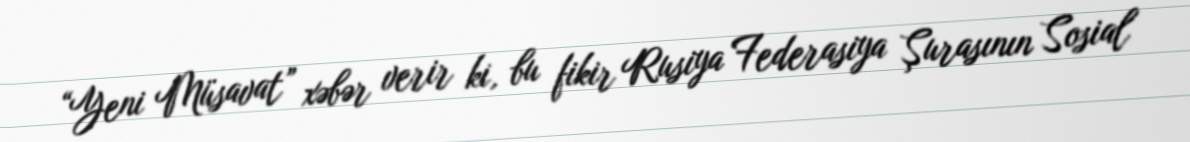
“Yeni Müsavat” xəbər verir ki, bu fikir Rusiya Federasiya Şurasının Sosial